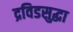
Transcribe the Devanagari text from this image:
द्रविडसुद्धा